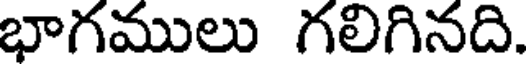
భాగములు గలిగినది.